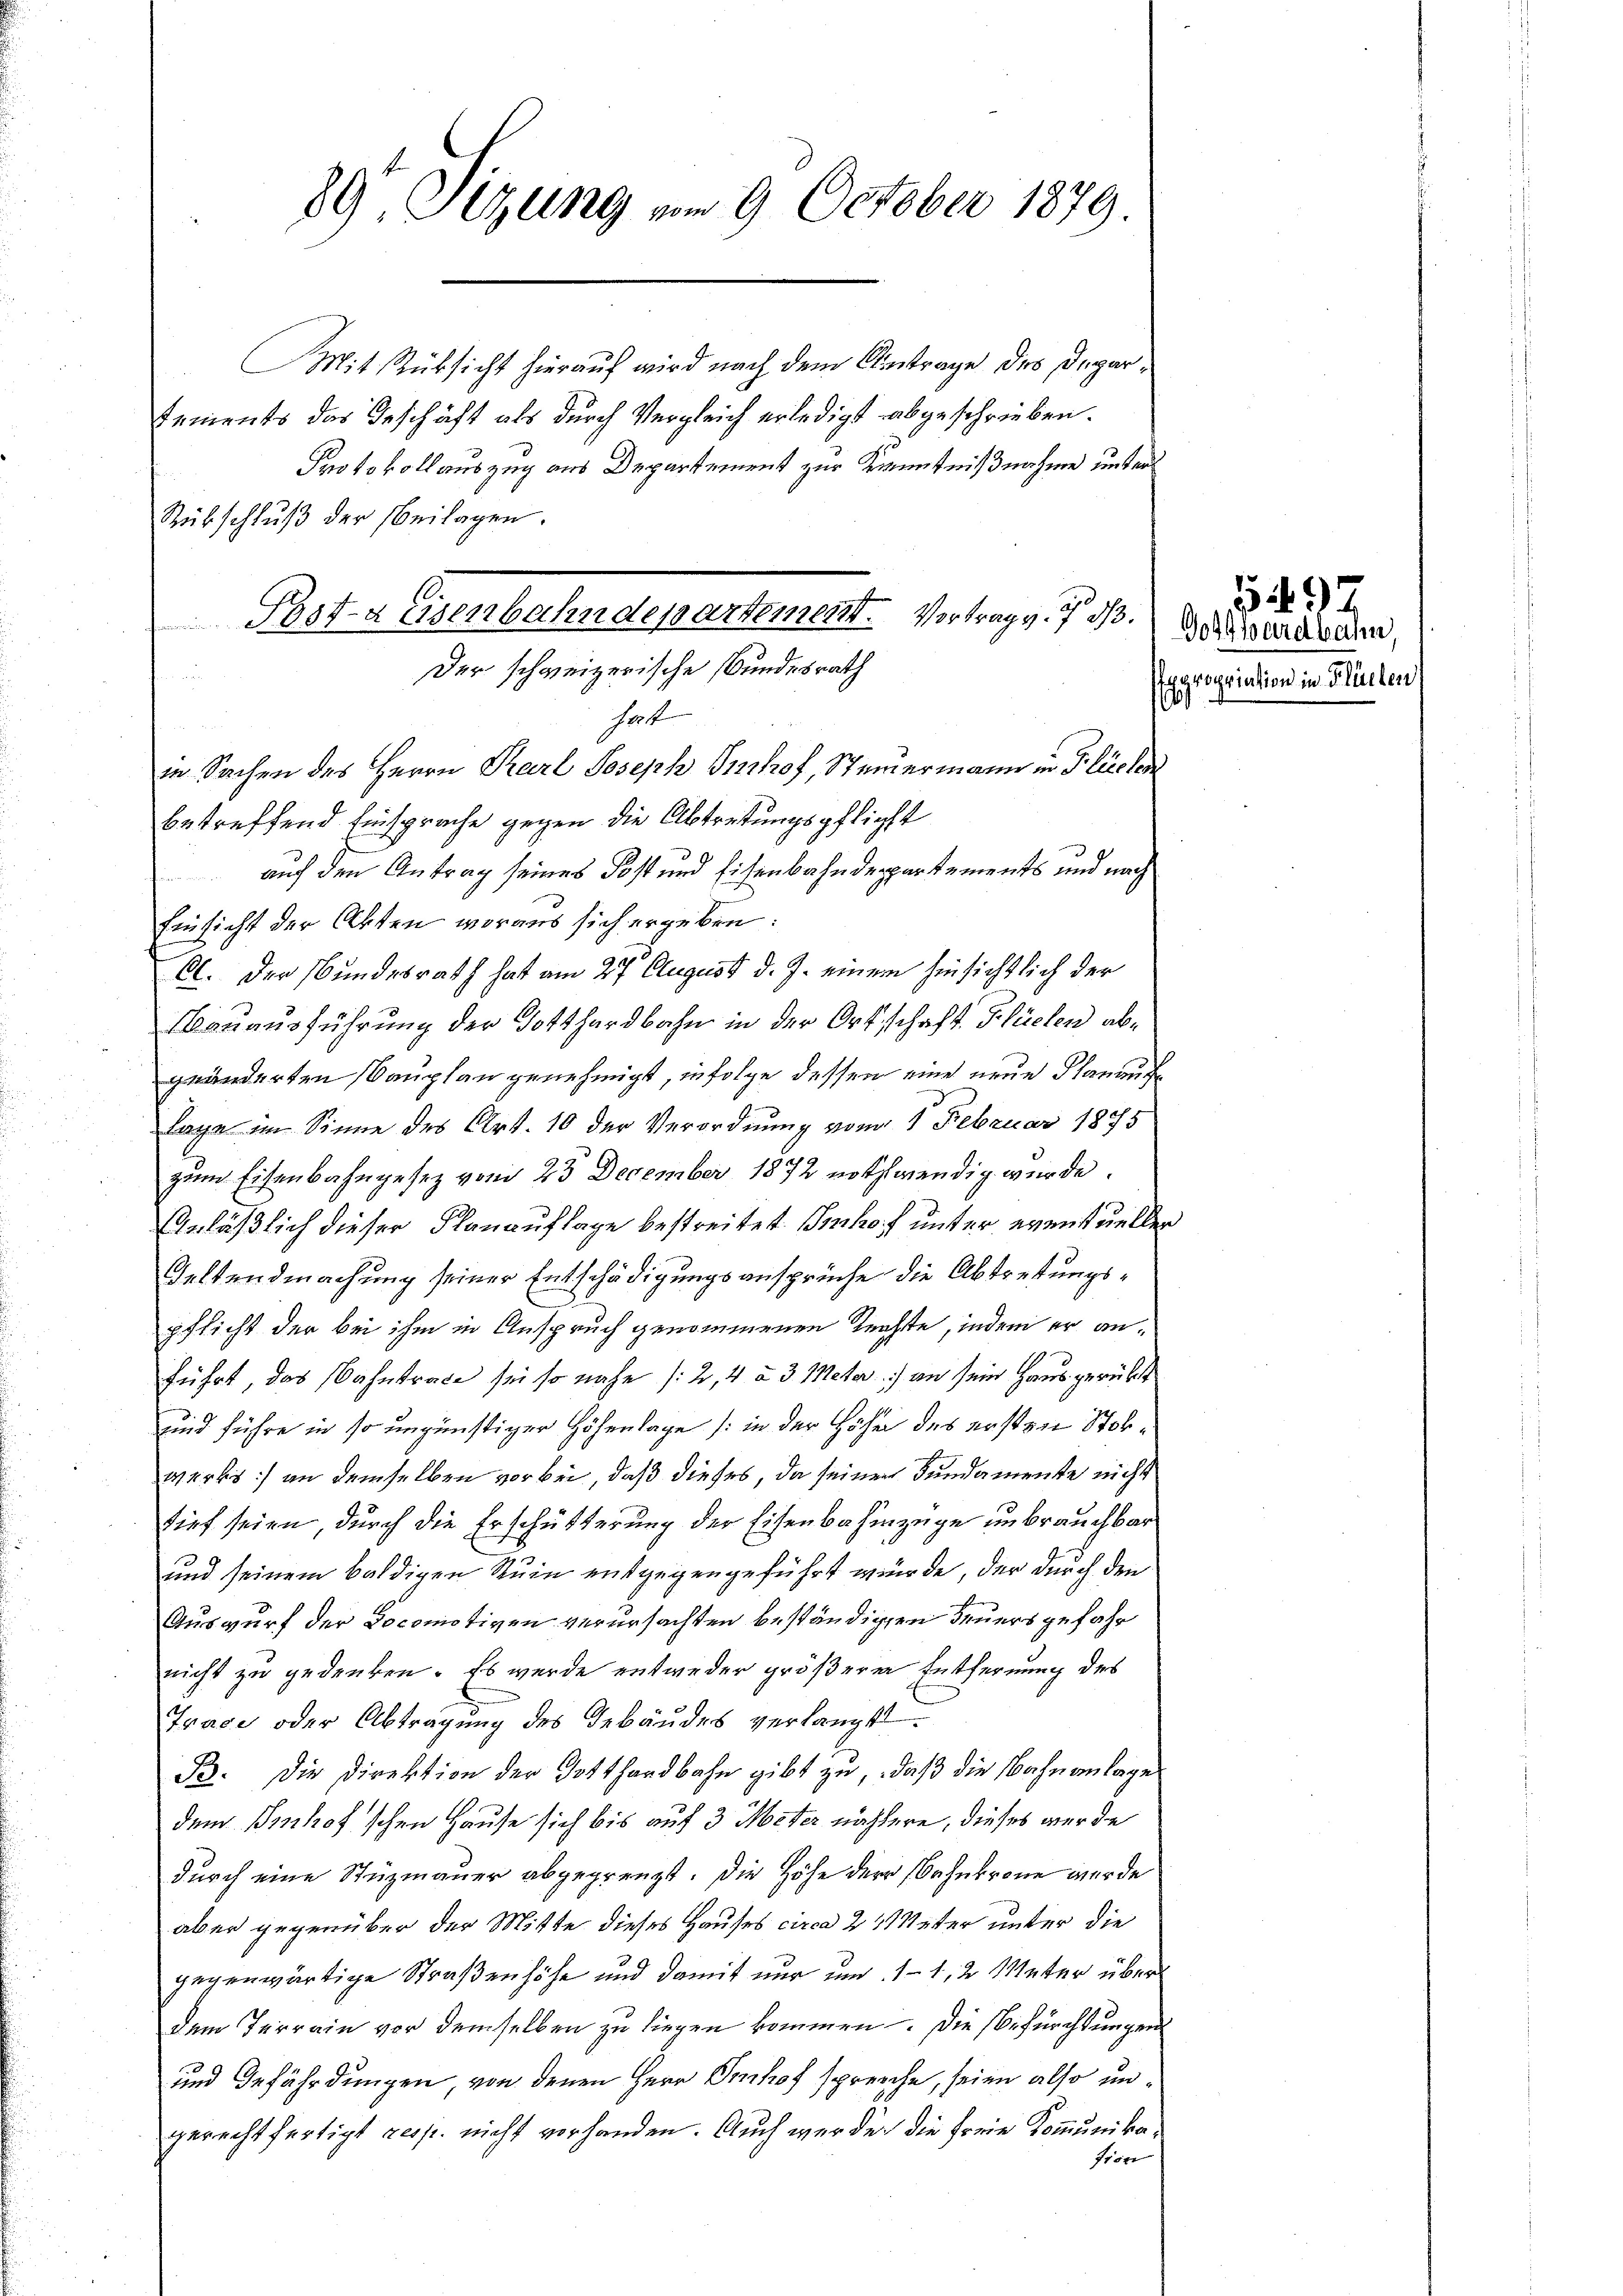
89 Sizung vom 9. October 1879.

Post-a Eisenbahndepartement. Vortrag v. 7. ds.
Der schweizerische Bundesrath
e

Mit Rücksicht hierauf wird nach dem Antrage des Departements das Geschäft als durch Vergleich erledigt abgeschrieben.
Protokollauszug aus Departement zur Kenntnißnahme unter
Rübschluß der beilagen.
hat
in Sachen des Herrn Karl Joseph Imhof, Steuermann in Flücher
betreffend Einsprache gegen die Abtretungspflicht
auf den Antrag seines Post und Eisenbahndepartements und nach
Einsicht der Akten woraus sich ergeben:
A. Der Bundesrath hat am 27. August d. J. einem hinsichtlich der
Bauausführung der Gotthardbahn in der Ortschaft Flüelen abgeänderten Bauplan genehmigt, infolge dessen eine neue Planauf¬
Lage im Sinne des Art. 10 der Verordnung vom 1 Februar 1895
zum Eisenbahngesez vom 23 December 1872 nothwendig wurde.
nläßlich dieser Planauflage bestreitet Imhof unter eventuellen
Geltendmachung seiner Entschädigungsansprüche die Abtretungspflicht der bei ihm in Anspruch genommenen Rechte, indem er anführt, das ahntrace sei so nahe (2, 4 à 3 Meter) an sein Haus gerükt
und führe in so ungünstiger Höhenlage (in der Höhe des ersten Stokwerks :/ an demselben vorbei, daß dieses, da seiner Fundamente nicht
tief seien durch die Erschütterung der Eisenbahnzüge unbrauchbar
und seinem baldigen Ruin entgegengeführt würde, der durch den
Auswurf der Docomotiven verursachten beständigen Feuersgefahr
nicht zu gedenken. Es wurde entweder größere Entfernung des
Trace oder Abtragung des Gebäudes verlangt.
B. Die Direktion der Gotthardbahn gibt zu, daß die Bahnanlage
dem Sennhof'schen Hause sich bis auf 3 Meter nähere, dieses werde
durch eine Stüzmauer abgegrenzt. Die Höhe der Bahnkrone wurde
aber gegenüber der Mitte dieses Hauses circa 24 Meter unter die
gegenwärtige Straßenhöhe und damit nur um 1–1,2 Meter über
dem Terrain vor demselben zu liegen kommen. Die Befürchtungen
und Gefährdungen, von denen Herr Imhof spreche, seien also ungerechtfertigt resp. nicht vorhanden. Auch werde die freie Kommunika¬
Pron

Gotthardbahn
Expropriation in Flüelen

19

549